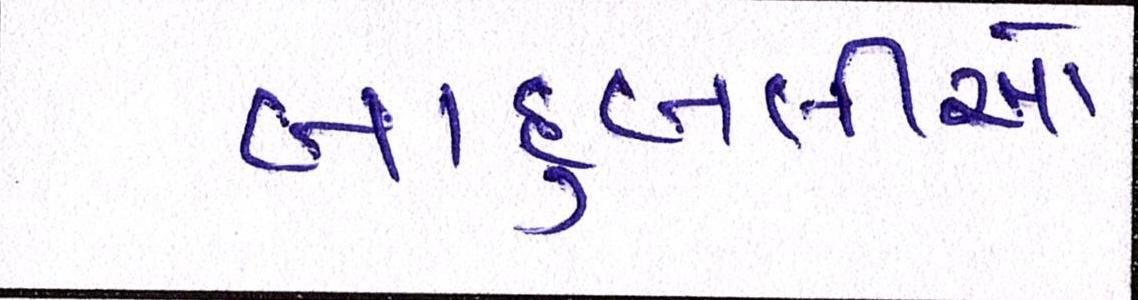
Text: બાદુબલીઓ